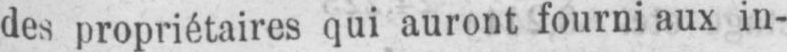
des propriétaires qui auront fourni aux in-